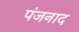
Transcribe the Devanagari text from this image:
पंजनाद